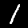
Digit: 1